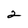
Character: 2